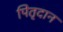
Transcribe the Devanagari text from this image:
पितृदान